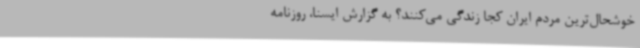
خوشحال‌ترین مردم ایران کجا زندگی می‌کنند؟ به گزارش ایسنا، روزنامه